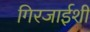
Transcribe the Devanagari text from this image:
गिरजाईशी